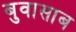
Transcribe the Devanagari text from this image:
बुवासाब